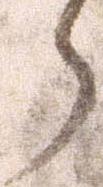
ら